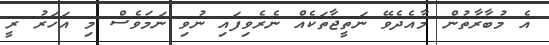
އެ މުބާރާތުން މާއެދެވޭ ނަތީޖާތަކެއް ނެރެވިފައި ނުވި ނަމަވެސް މި އަހަރު ރީ